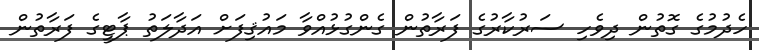
ހެދުމުގެ ގޮތުން ދިވެހި ސަރުކާރުގެ ފަރާތުން ގެންގުޅުއްވާ މައުޤިފަށް އަދާލަތު ޕާޓީގެ ފަރާތުން